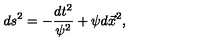
d s ^ { 2 } = - \frac { d t ^ { 2 } } { \psi ^ { 2 } } + \psi d \vec { x } ^ { 2 } ,